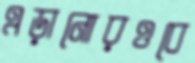
এড়ানোরওবে